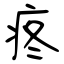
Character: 疼